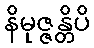
နိမုဇ္ဇန္တိပိ